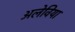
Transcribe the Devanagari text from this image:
अलेविया